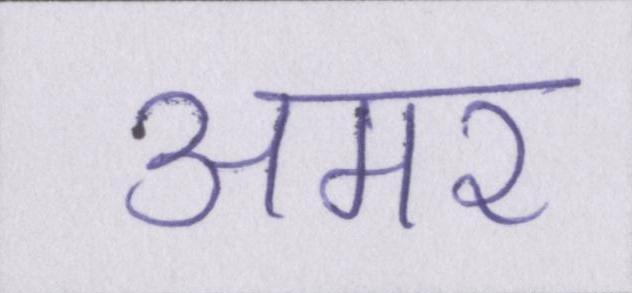
अमर